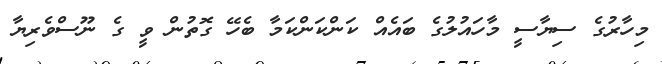
މިހާރުގެ ސިޔާސީ މާހައުލުގެ ބައެއް ކަންކަންކަމާ ބެހޭ ގޮތުން ވީ ގެ ނޫސްވެރިޔާ